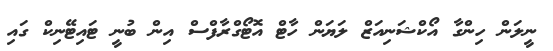
ނީލަން ހިންގާ އޯކްޝަނިއަޒް ލަޔަން ހާޓް އޮޓޯގްރާފްސް އިން ބުނީ ޓައިޓޭނިކް ގައި